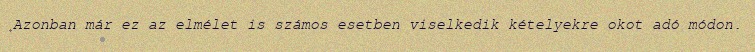
Azonban már ez az elmélet is számos esetben viselkedik kételyekre okot adó módon.